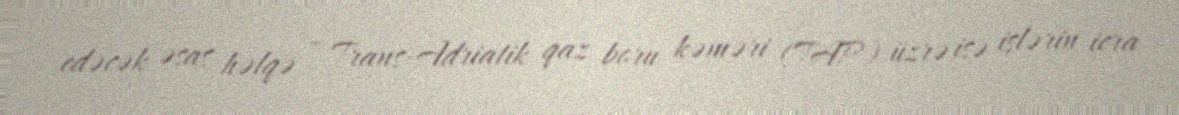
edəcək əsas həlqə – Trans-Adriatik qaz boru kəməri (TAP) üzrə isə işlərin icra